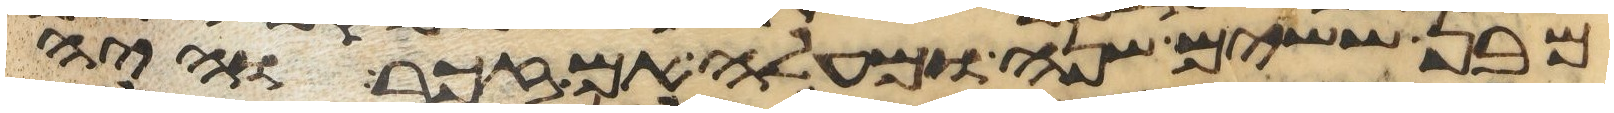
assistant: מבן ששים שנה ומעלה אם זכר והיה